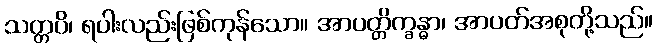
သတ္တပိ၊ ရပါးလည်းဖြစ်ကုန်သော။ အာပတ္တိက္ခန္ဓာ၊ အာပတ်အစုတို့သည်။